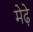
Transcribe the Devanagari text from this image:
मेढे़